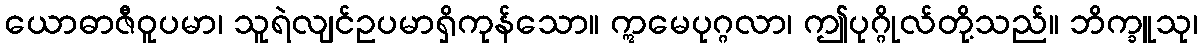
ယောဓာဇီဝူပမာ၊ သူရဲလျင်ဥပမာရှိကုန်သော။ ဣမေပုဂ္ဂလာ၊ ဤပုဂ္ဂိုလ်တို့သည်။ ဘိက္ခူသု၊